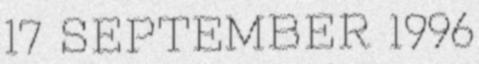
17 SEPTEMBER 1996